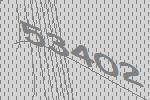
53402